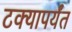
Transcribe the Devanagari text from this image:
टक्यापर्यंत